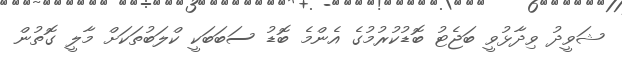
ޝަވީދު ވިދާޅުވީ ބަޖެޓު ބޮޑުކުރުމުގެ އެންމެ ބޮޑު ސަބަބަކީ ކްލަބުތަަކަށް މާލީ ގޮތުން